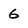
Character: 6